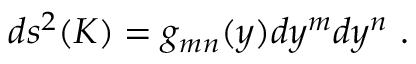
d s ^ { 2 } ( K ) = g _ { m n } ( y ) d y ^ { m } d y ^ { n } ~ .